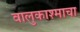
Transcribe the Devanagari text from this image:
वालुकाश्माचा